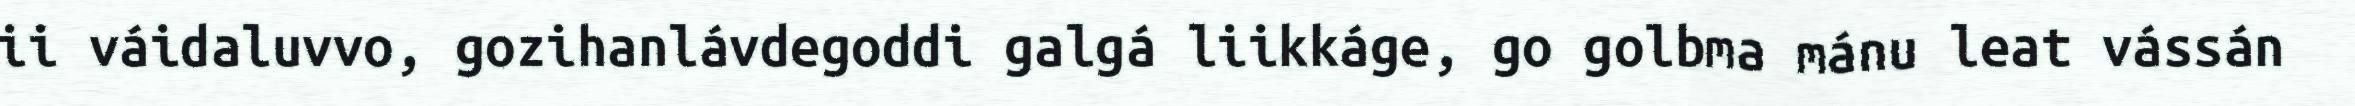
ii váidaluvvo, gozihanlávdegoddi galgá liikkáge, go golbma mánu leat vássán